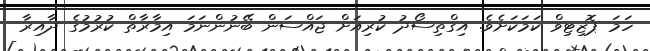
ހަމަ ޕޮޒިޓިވް ކަމަކަށެވެ. އިގްތިސޯދު ކުރިއަށް ޖައްސަން ބޭނުންނަމަ އިމާރާތް ކުރުމުގެ ދާއިރާ